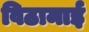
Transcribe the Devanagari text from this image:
विठामाई